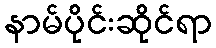
နာမ်ပိုင်းဆိုင်ရာ